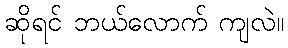
ဆိုရင် ဘယ်လောက် ကျလဲ။